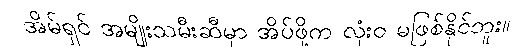
အိမ်ရှင် အမျိုးသမီးဆီမှာ အိပ်ဖို့က လုံးဝ မဖြစ်နိုင်ဘူး။